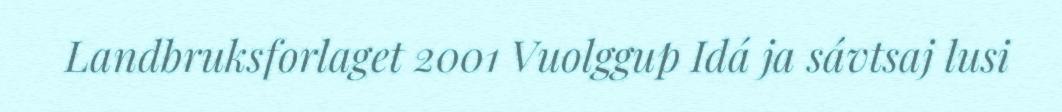
Landbruksforlaget 2001 Vuolggup Idá ja sávtsaj lusi